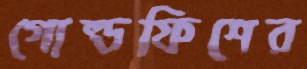
গোল্ডফিশের